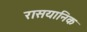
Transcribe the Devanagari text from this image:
रासयानिक